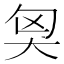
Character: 𡘅